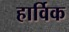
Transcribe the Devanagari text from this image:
हार्विक